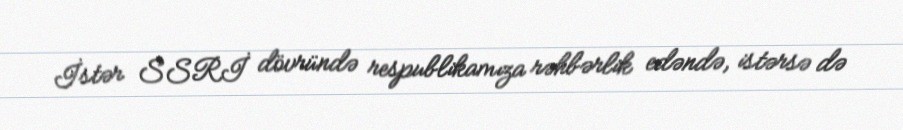
İstər SSRİ dövründə respublikamıza rəhbərlik edəndə, istərsə də